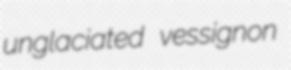
unglaciated vessignon